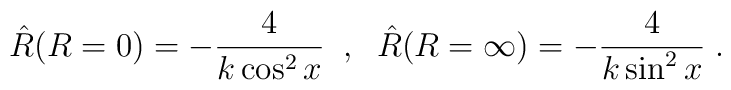
{\hat R}(R=0)=-{4\over k\cos^2 x}\;\;,\;\;{\hat R}(R=\infty)=-{4\over k\sin^2 x}\; .